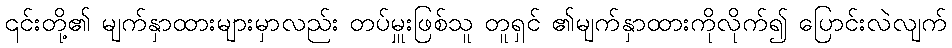
၎င်းတို့၏ မျက်နှာထားများမှာလည်း တပ်မှူးဖြစ်သူ တူရှင် ၏မျက်နှာထားကိုလိုက်၍ ပြောင်းလဲလျက်